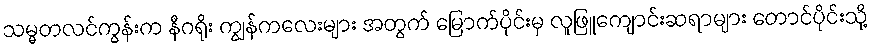
သမ္မတလင်ကွန်းက နီဂရိုး ကျွန်ကလေးများ အတွက် မြောက်ပိုင်းမှ လူဖြူကျောင်းဆရာများ တောင်ပိုင်းသို့